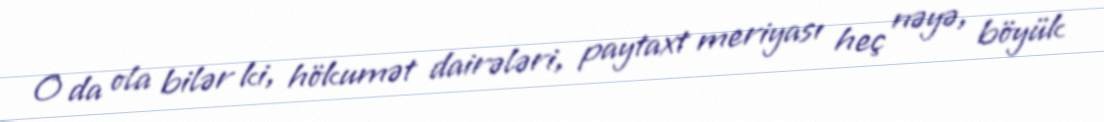
O da ola bilər ki, hökumət dairələri, paytaxt meriyası heç nəyə, böyük